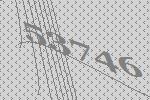
53746